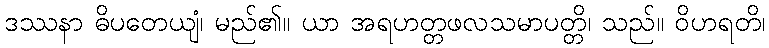
ဒဿနာ ဓိပတေယျံ၊ မည်၏။ ယာ အရဟတ္တဖလသမာပတ္တိ၊ သည်။ ဝိဟရတိ၊